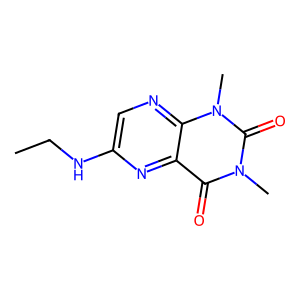
SMILES: CCNc1cnc2c(n1)c(=O)n(C)c(=O)n2C
Inhibits HIV replication: No